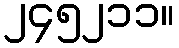
၂၄၅၂၁၁။